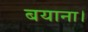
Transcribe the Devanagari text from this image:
बयाना।